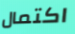
اكتمال